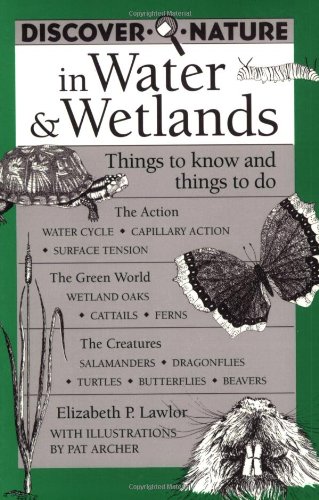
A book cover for Discover Nature in Water & Wetlands: Things to Know and Things to Do (Discover Nature Series); Elizabeth Lawlor; Science & Math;